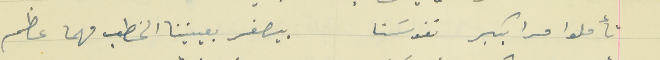
تأملوا مرا بكبر نفوسَنا                                  بيصغر بعينينا الخطب مهما عظم